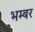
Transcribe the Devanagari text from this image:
भम्बर